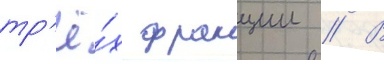
тр'ё́х фракции // В